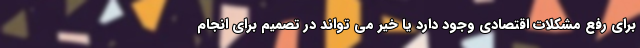
برای رفع مشکلات اقتصادی وجود دارد یا خیر می تواند در تصمیم برای انجام